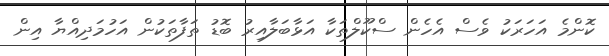
ކޮންމެ އަހަރަކު ވެސް އެހެން ސްކޫލްތަކާ އަޅާބަލާއިރު ބޮޑު ތަފާތަކުން އަހުމަދިއްޔާ އިން